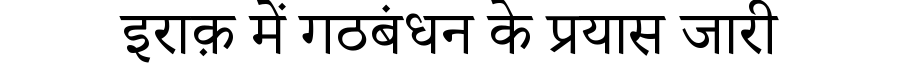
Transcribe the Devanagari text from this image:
इराक़ में गठबंधन के प्रयास जारी